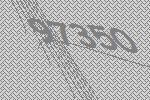
97350